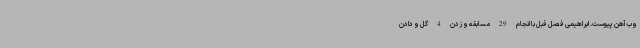
وب‌آهن پیوست. ابراهیمی فصل قبل با انجام 29 مسابقه و زدن 4 گل و دادن